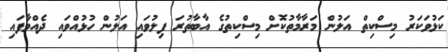
ކަޅުވަކަރު މިސްކިތް އަލުން މަރާމާތުކޮށް މިސްކިތުގެ އާބާތުރަ ފިލުވައި އަލުން ހުޅުއްވައި ދެއްވާފަައި